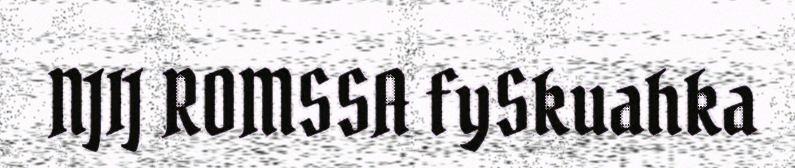
NJIJ ROMSSA fySkuahka